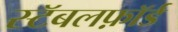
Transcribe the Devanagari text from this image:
स्टॅबलफ़ॉर्ड